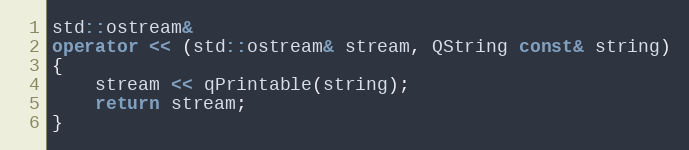
Language: C++
std::ostream&
operator << (std::ostream& stream, QString const& string)
{
    stream << qPrintable(string);
    return stream;
}